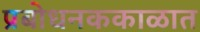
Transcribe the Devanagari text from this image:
प्रबोधनककाळात